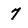
Character: 7